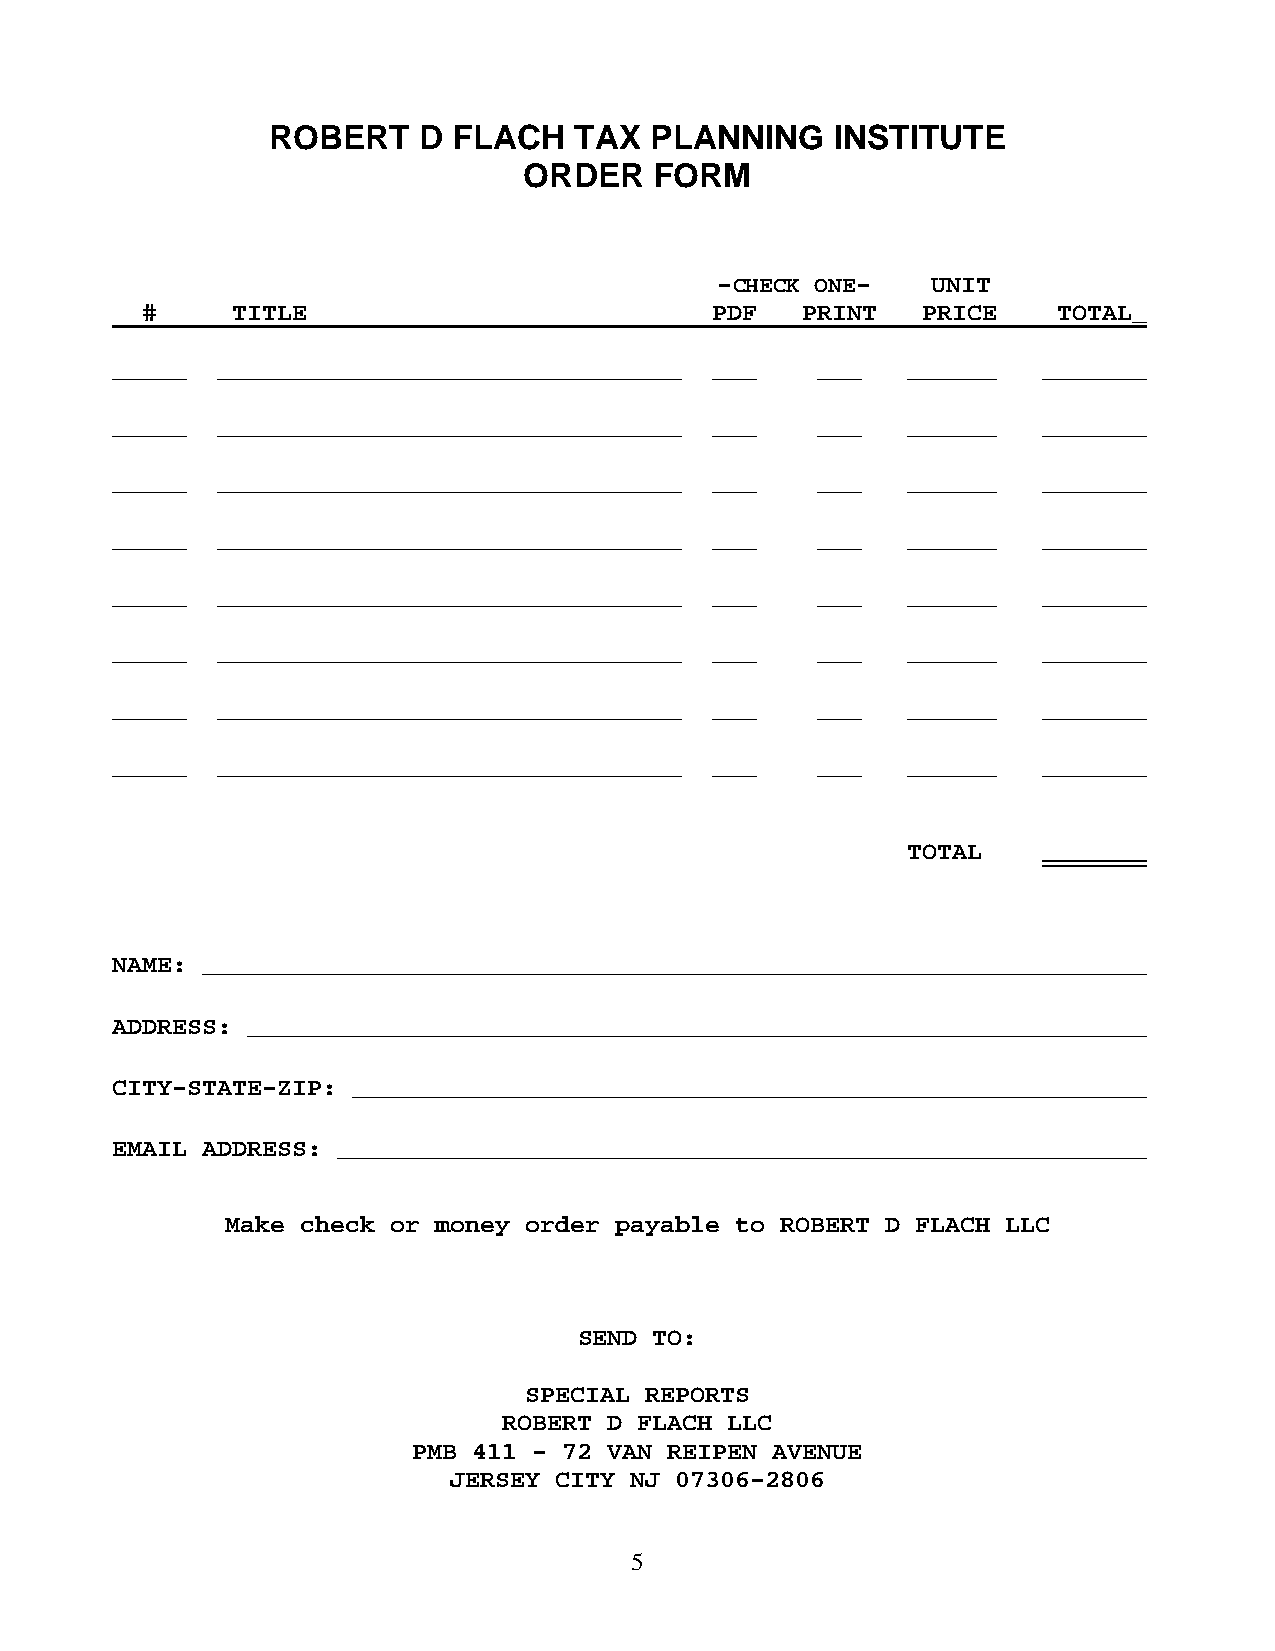
ROBERT    D FLACH   TAX  PLANNING    INSTITUTE
 ORDER   FORM
 -CHECK ONE-    UNIT
 #     TITLE                           PDF   PRINT   PRICE    TOTAL_
 _____  _______________________________  ___    ___   ______   _______
 _____  _______________________________  ___    ___   ______   _______
 _____  _______________________________  ___    ___   ______   _______
 _____  _______________________________  ___    ___   ______   _______
 _____  _______________________________  ___    ___   ______   _______
 _____  _______________________________  ___    ___   ______   _______
 _____  _______________________________  ___    ___   ______   _______
 _____  _______________________________  ___    ___   ______   _______
 TOTAL    _______
 NAME: _______________________________________________________________
 ADDRESS: ____________________________________________________________
 CITY-STATE-ZIP: _____________________________________________________
 EMAIL ADDRESS: ______________________________________________________
 Make check or money order payable to ROBERT D FLACH LLC
 SEND TO:
 SPECIAL REPORTS
 ROBERT D FLACH LLC
 PMB 411 – 72 VAN REIPEN AVENUE
 JERSEY CITY NJ 07306-2806
 5